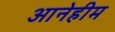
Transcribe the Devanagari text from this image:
आनेहीम